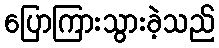
ပြောကြားသွားခဲ့သည်